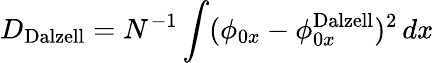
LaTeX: D_{\mathrm{{Dalzell}}}=N^{-1}\int(\phi_{0x}-\phi_{0x}^{\mathrm{{Dalzell}}})^{2}\, dx